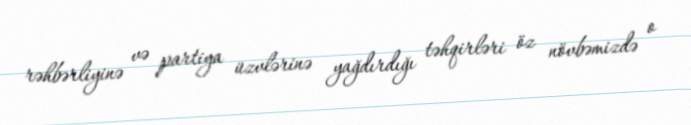
rəhbərliyinə və partiya üzvlərinə yağdırdığı təhqirləri öz növbəmizdə o